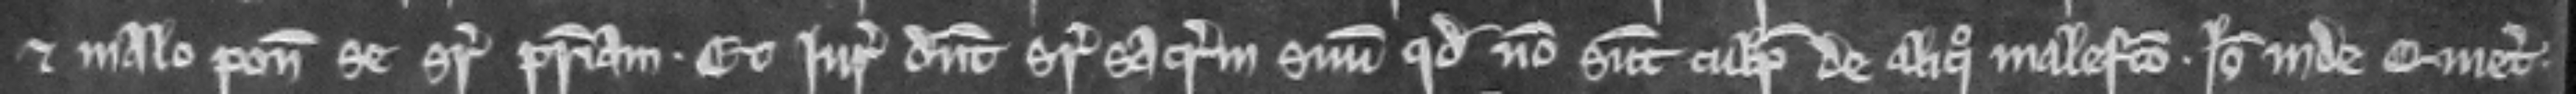
et malo ponunt se super patriam. Et juratores dicunt super sacramentum suum quod non sunt culpabiles de aliquo malefacto. Ideo inde Quieti.